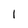
Character: l